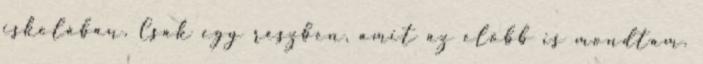
iskolában. Csak egy részben, amit az előbb is mondtam.